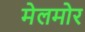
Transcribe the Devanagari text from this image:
मेलमोर